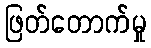
ဖြတ်တောက်မှု